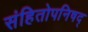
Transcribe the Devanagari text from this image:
संहितोपनिषद्